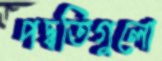
পদ্ধতিগুলো